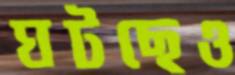
ঘটছেও